Petrogradi_Kontroll-Opteerimise_Komisjon, lk 372
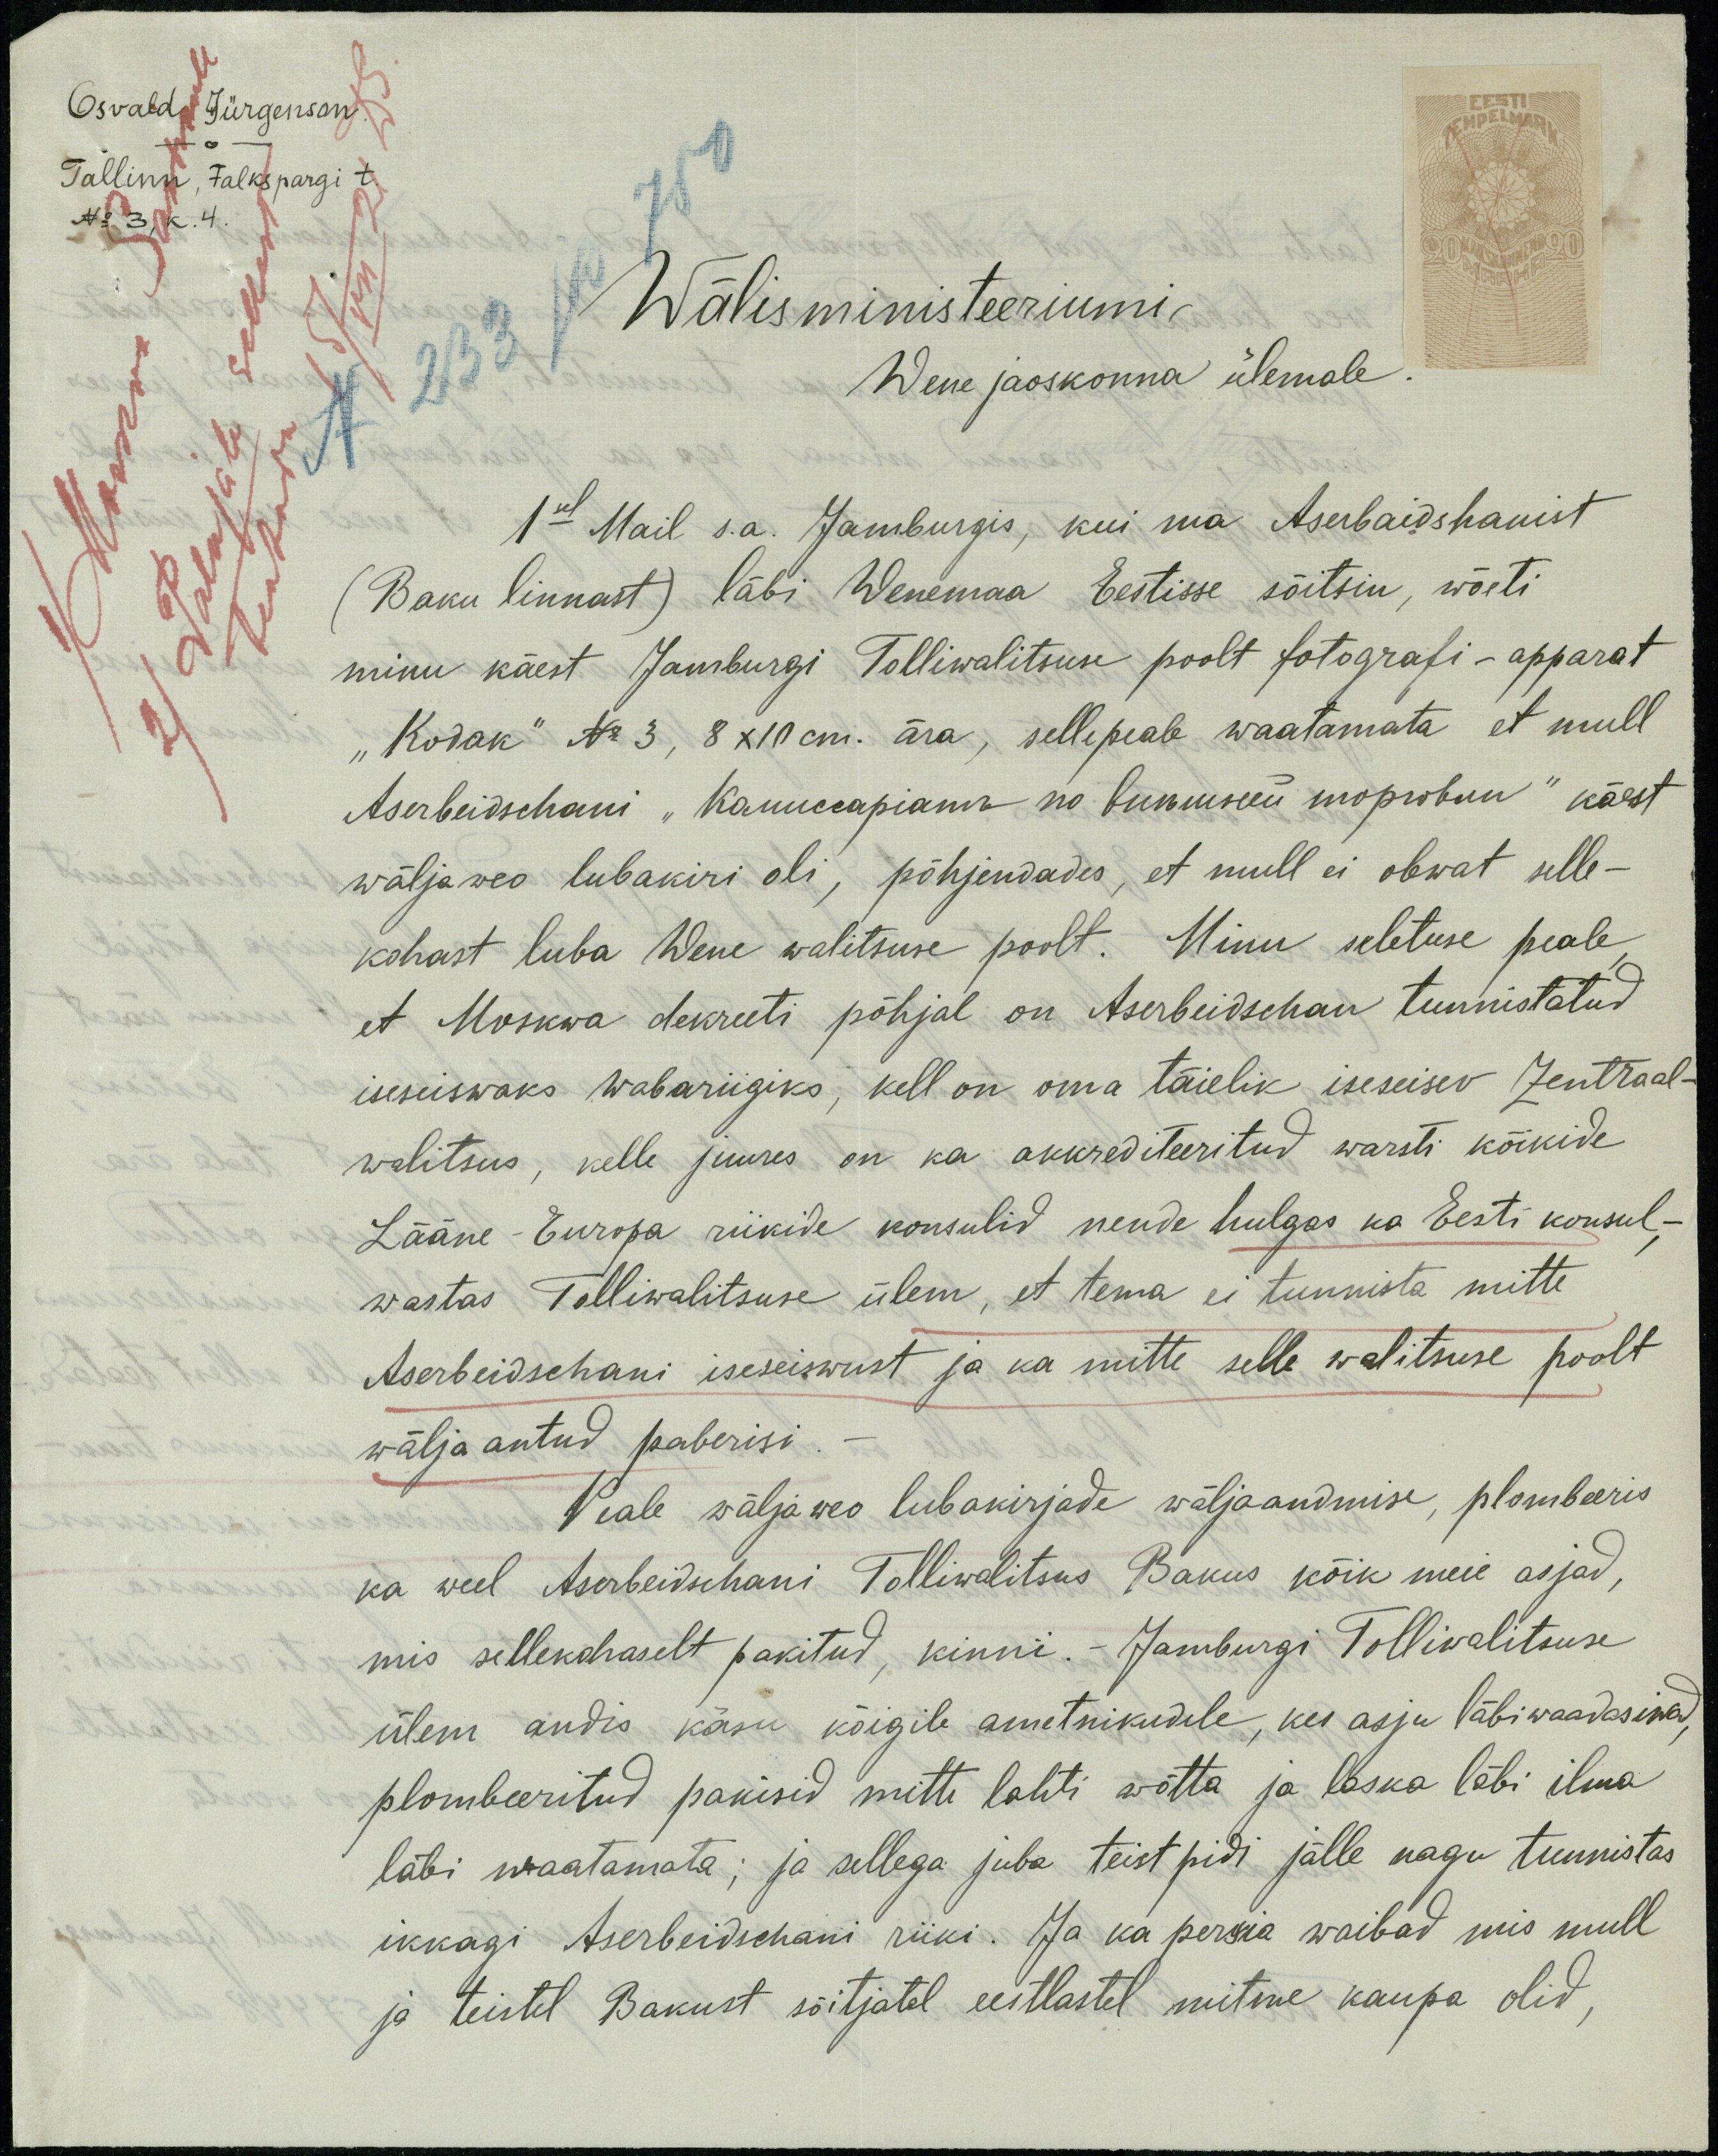
Osvald Jürgenson
Tallinn, Falkspargi t.
No 3, k.4.
EESTI
TEMPELMARK
1) Moskva Saatkond
2) Palujale sellest
teatada
15Jun 21 DS.
Wälisministeeriumi
Wene jaoskonna ülemale.
1sel Mail s.a. Jamburgis, kui ma Aserbaidshanist
(Baku linnast) läbi Wenemaa Eestisse sõitsin, wõeti
minu käest Jamburgi Tolliwalitsuse poolt fotografi-apparat
"Kodak" No 3, 8 x10 cm. ära, sellepeale waatamata et mull
Aserbeidschani "Комиссариать по виътней торговли" käest
wäljaweo lubakiri oli, põhjendades, et mull ei olewat selle-
kohast luba Wene walitsuse poolt. Minu seletuse peale,
et Moskwa dekreeti põhjal on Aserbeidschan tunnistatud
iseseiswaks Wabariigiks, kell on oma täielik iseseisev Zentraal-
walitsus, kelle juures on ka akkrediteeritud warsti kõikide
Lääne-Europa riikide konsulid nende hulgas ka Eesti konsul, -
wastas Tolliwalitsuse ülem, et tema ei tunnista mitte
Aserbeidschani iseseiswust ja ka mitte selle walitsuse poolt
wälja antud paberisi. -
Peale väljaweo lubakirjade wäljaandmise, plombeeris
ka weel Asabeidschani Tolliwalitsus Bakus kõik meie asjad,
mis sellekohaselt pakitud, kinni. - Jamburgi Tolliwalitsuse
ülem andis käsu kõigile ametnikudele, kes asju läbiwaadasiwad,
plombeeritud pakisid mitte lahti wõtta ja laska läbi ilma
läbi waatamata; ja sellega juba teist pidi jälle nagu tunnistas
ikkagi Aserbeidschani riiki. Ja ka persia waibad mis mull
ja teistel Bakust sõitjatel eestlastel mitme kaupa olid,